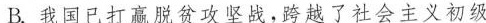
B.我国已打赢脱贫攻坚战，跨越了社会主义初级